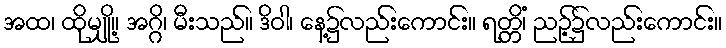
အထ၊ ထိုမျှို့။ အဂ္ဂိ၊ မီးသည်။ ဒိဝါ၊ နေ့၌လည်းကောင်း။ ရတ္တိံ၊ ညဉ့်၌လည်းကောင်း။